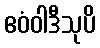
ဧဝံဝါဒီသုပိ